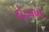
દોઝખ